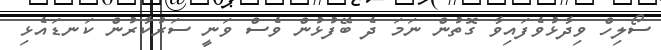
ސޯލިހް ވިދާޅުވެފައިވާ ގޮތުން ނަމަ ދެ ބޭފުޅުން ވެސް ވަނީ ސަރުކާރުން ކަނޑައެޅި